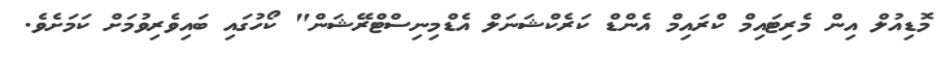
މޮޑިއުލް އިން މެރިޓައިމް ކްރައިމް އެންޑް ކަރެކްޝަނަލް އެޑްމިނިސްޓްރޭޝަން" ކޯހުގައި ބައިވެރިވުމަށް ކަމަށެވެ.